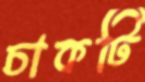
চাকটি